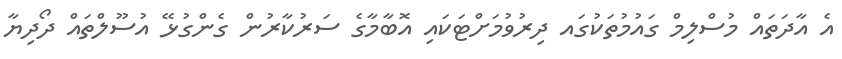
އެ އާދަތައް މުސްލިމް ގައުމުތަކުގައ ދިރުވުމަށްޓަކައި އޮބާމާގެ ސަރުކާރުން ގެންގުޅޭ އުސޫލްތައް ދޯދިޔާ